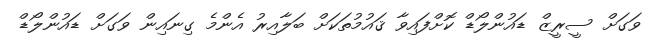
ވަގަށް ސީރީޒް ޑައުންލޯޑް ކޮށްފައިވާ ޤައުމުތަކަށް ބަލާއިރު އެންމެ ގިނައިން ވަގަށް ޑައުންލޯޑް